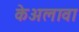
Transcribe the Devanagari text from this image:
केअलावा